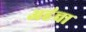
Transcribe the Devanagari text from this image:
अहंचा